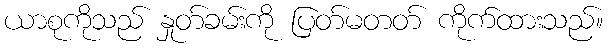
ယာစုကိုသည် နှုတ်ခမ်းကို ပြတ်မတတ် ကိုက်ထားသည်။